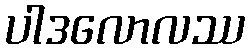
ပါဒလောလဿ